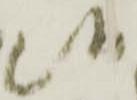
候